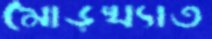
মোড়খ্যাত